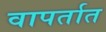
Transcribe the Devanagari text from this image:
वापर्तात